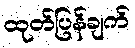
ထုတ်ပြန်ချက်